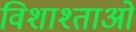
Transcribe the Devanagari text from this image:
विशाश्ताओं